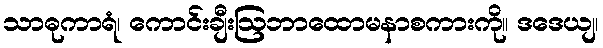
သာဓုကာရံ၊ ကောင်းချီးဩဘာထောမနာစကားကို။ ဒဒေယျ၊